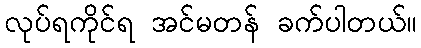
လုပ်ရကိုင်ရ အင်မတန် ခက်ပါတယ်။